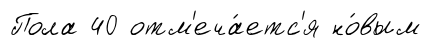
Пола 40 отм'еча́етс'я но́вым